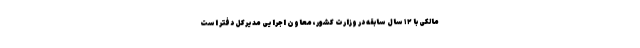
مالکی با ۱۲ سال سابقه در وزارت کشور، معاون اجرایی مدیرکل دفتر است